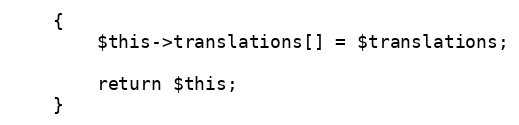
Language: PHP
    {
        $this->translations[] = $translations;

        return $this;
    }